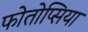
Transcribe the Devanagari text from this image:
फोतोप्सिया